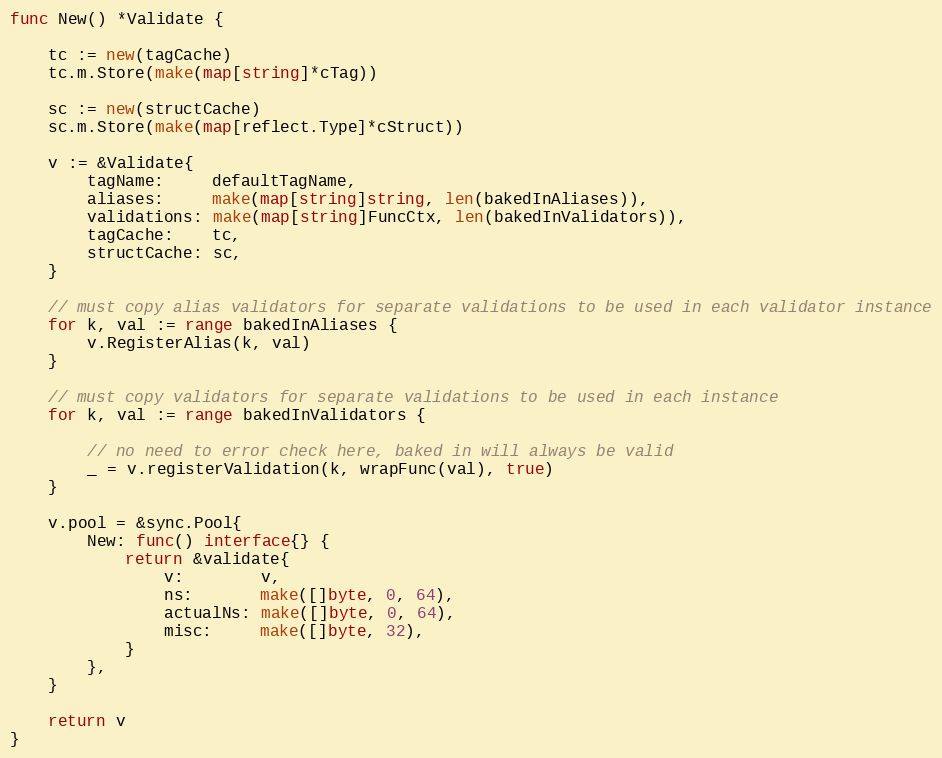
Language: Go
func New() *Validate {

	tc := new(tagCache)
	tc.m.Store(make(map[string]*cTag))

	sc := new(structCache)
	sc.m.Store(make(map[reflect.Type]*cStruct))

	v := &Validate{
		tagName:     defaultTagName,
		aliases:     make(map[string]string, len(bakedInAliases)),
		validations: make(map[string]FuncCtx, len(bakedInValidators)),
		tagCache:    tc,
		structCache: sc,
	}

	// must copy alias validators for separate validations to be used in each validator instance
	for k, val := range bakedInAliases {
		v.RegisterAlias(k, val)
	}

	// must copy validators for separate validations to be used in each instance
	for k, val := range bakedInValidators {

		// no need to error check here, baked in will always be valid
		_ = v.registerValidation(k, wrapFunc(val), true)
	}

	v.pool = &sync.Pool{
		New: func() interface{} {
			return &validate{
				v:        v,
				ns:       make([]byte, 0, 64),
				actualNs: make([]byte, 0, 64),
				misc:     make([]byte, 32),
			}
		},
	}

	return v
}